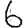
Digit: 6